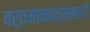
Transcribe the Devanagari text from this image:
वर्तमानपत्रांमध्यॆ